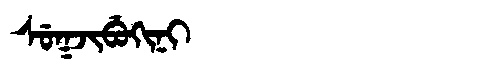
Manchu: ᠰᡠᡴᠵᡳᠪᡠᡴᡳᠨᡳ
Romanization: SUKJIBUKINI